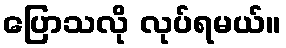
ပြောသလို လုပ်ရမယ်။